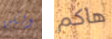
ولكن هاكم